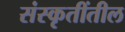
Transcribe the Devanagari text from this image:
संस्कृतींतील